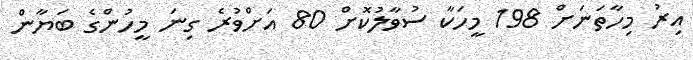
އިރު މިހާތަނަށް 198 މީހަކާ ސުވާލުކޮށް 80 އަށްވުރެ ގިނަ މީހުންގެ ބަޔާން